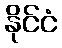
နိုင်ငံ